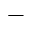
-